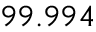
9 9 . 9 9 4 \